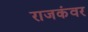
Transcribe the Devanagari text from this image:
राजकंवर